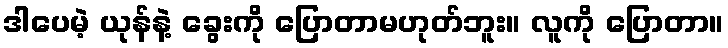
ဒါပေမဲ့ ယုန်နဲ့ ခွေးကို ပြောတာမဟုတ်ဘူး။ လူကို ပြောတာ။